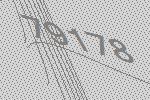
79178